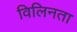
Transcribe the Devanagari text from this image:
विलिनता